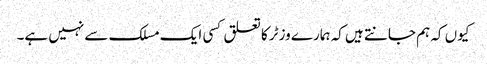
کیوں کہ ہم جانتے ہیں کہ ہمارے وزٹر کا تعلق کسی ایک مسلک سے نہیں ہے۔